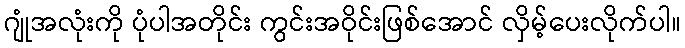
ဂျုံအလုံးကို ပုံပါအတိုင်း ကွင်းအဝိုင်းဖြစ်အောင် လှိမ့်ပေးလိုက်ပါ။